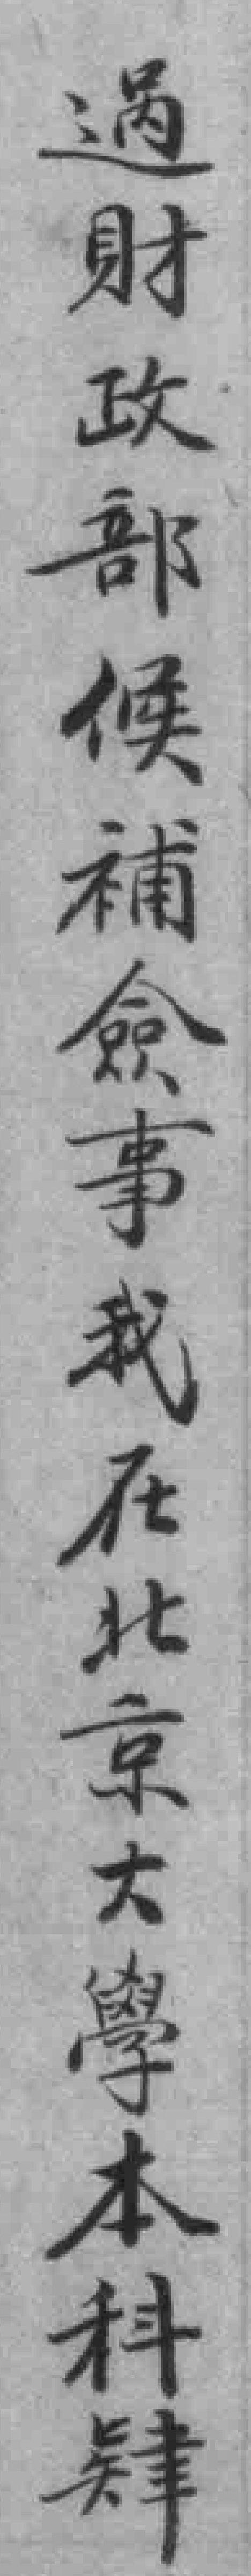
過財政部候補僉事我在北京大學本科肄